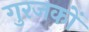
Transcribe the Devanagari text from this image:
गुरजकों